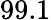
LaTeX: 99.1